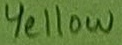
Text: Yellow